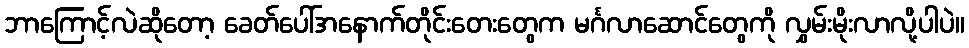
ဘာကြောင့်လဲဆိုတော့ ခေတ်ပေါ်အနောက်တိုင်းတေးတွေက မင်္ဂလာဆောင်တွေကို လွှမ်းမိုးလာလို့ပါပဲ။